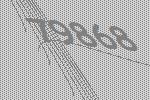
79868